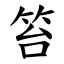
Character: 笞